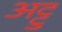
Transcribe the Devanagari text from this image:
अट्टु